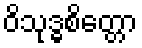
ဝိသုဒ္ဓစိတ္တော